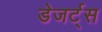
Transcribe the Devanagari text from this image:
डेजर्ट्स